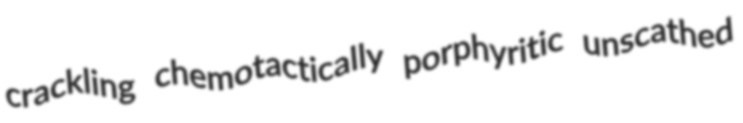
crackling chemotactically porphyritic unscathed